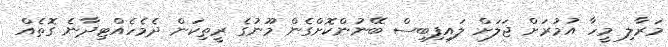
މަރާލި މީހާ އުމުރަށް ޖަލަށް ލައިފިބިސް ބޭނުންކޮށްގެން މޫނުގެ ރީތިކަން ދެމެހެއްޓިދާނެ ގޮތެއް